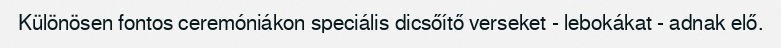
Különösen fontos ceremóniákon speciális dicsőítő verseket - lebokákat - adnak elő.